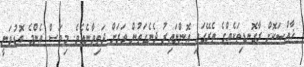
ޚާއްޞަކޮށް ރާގޮނޑިތަކެެއްގެ ތެރޭގައި އޮންނައިރު ދެނެގަތުން ވަރަށް ދަތިވާނެއެވެ. މިމަސް އެންމެ ބޮޑުވަނީ